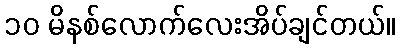
၁၀ မိနစ်လောက်လေးအိပ်ချင်တယ်။